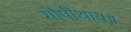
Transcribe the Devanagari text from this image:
गोपीथाय॥